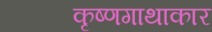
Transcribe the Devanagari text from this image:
कृष्णगाथाकार